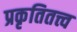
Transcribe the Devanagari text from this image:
प्रकृतितत्त्व